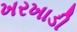
ખરખાડી